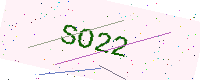
Text: SO22